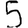
Digit: 5